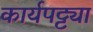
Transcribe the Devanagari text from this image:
कार्यपट्ट्या